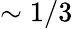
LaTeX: \sim 1/3